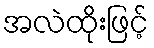
အလဲထိုးဖြင့်